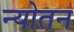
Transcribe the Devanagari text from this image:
न्योतन